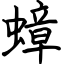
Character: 蟑